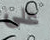
على